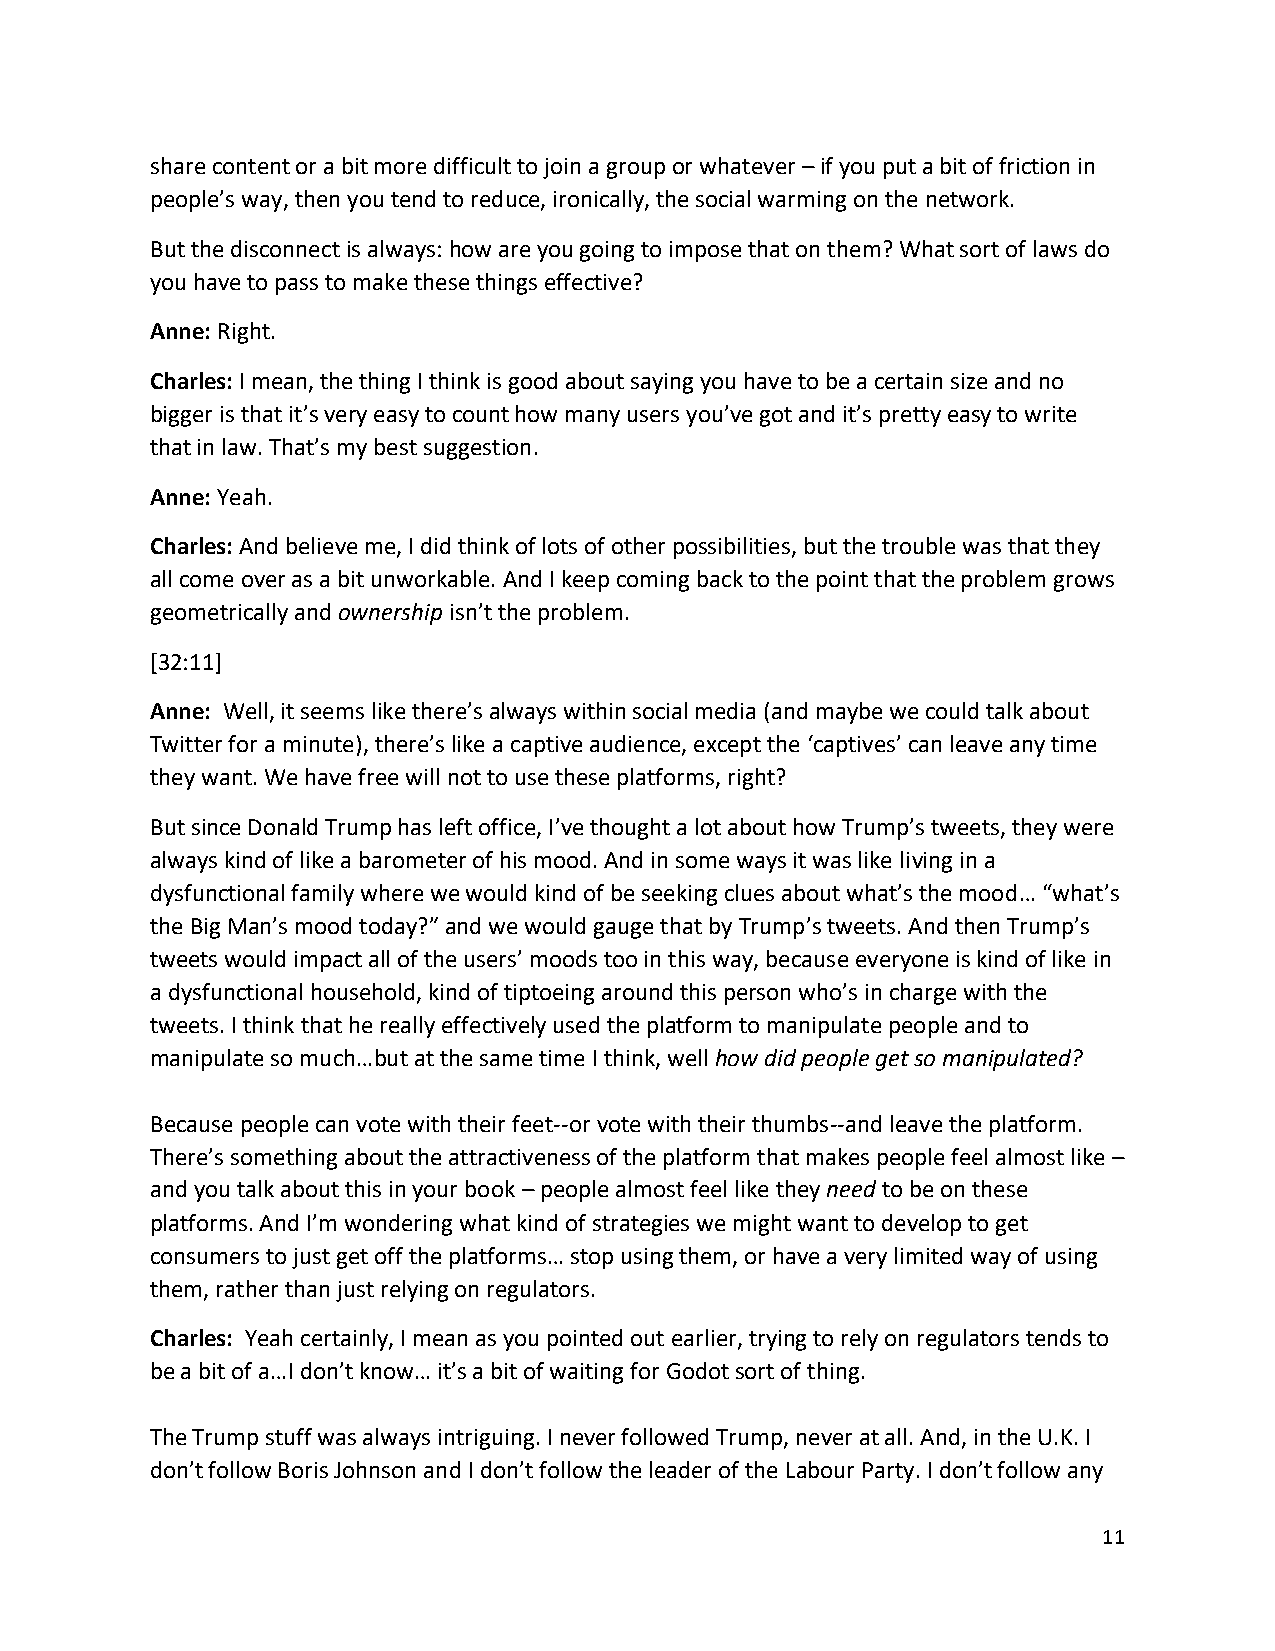
share content or a bit more difficult to join a group or whatever – if you put a bit of friction in
 people’s way, then you tend to reduce, ironically, the social warming on the network.
 But the disconnect is always: how are you going to impose that on them? What sort of laws do
 you have to pass to make these things effective?
 Anne: Right.
 Charles: I mean, the thing I think is good about saying you have to be a certain size and no
 bigger is that it’s very easy to count how many users you’ve got and it’s pretty easy to write
 that in law. That’s my best suggestion.
 Anne: Yeah.
 Charles: And believe me, I did think of lots of other possibilities, but the trouble was that they
 all come over as a bit unworkable. And I keep coming back to the point that the problem grows
 geometrically and ownership isn’t the problem.
 [32:11]
 Anne: Well, it seems like there’s always within social media (and maybe we could talk about
 Twitter for a minute), there’s like a captive audience, except the ‘captives’ can leave any time
 they want. We have free will not to use these platforms, right?
 But since Donald Trump has left office, I’ve thought a lot about how Trump’s tweets, they were
 always kind of like a barometer of his mood. And in some ways it was like living in a
 dysfunctional family where we would kind of be seeking clues about what’s the mood… “what’s
 the Big Man’s mood today?” and we would gauge that by Trump’s tweets. And then Trump’s
 tweets would impact all of the users’ moods too in this way, because everyone is kind of like in
 a dysfunctional household, kind of tiptoeing around this person who’s in charge with the
 tweets. I think that he really effectively used the platform to manipulate people and to
 manipulate so much…but at the same time I think, well how did people get so manipulated?
 Because people can vote with their feet--or vote with their thumbs--and leave the platform.
 There’s something about the attractiveness of the platform that makes people feel almost like –
 and you talk about this in your book – people almost feel like they need to be on these
 platforms. And I’m wondering what kind of strategies we might want to develop to get
 consumers to just get off the platforms… stop using them, or have a very limited way of using
 them, rather than just relying on regulators.
 Charles: Yeah certainly, I mean as you pointed out earlier, trying to rely on regulators tends to
 be a bit of a…I don’t know… it’s a bit of waiting for Godot sort of thing.
 The Trump stuff was always intriguing. I never followed Trump, never at all. And, in the U.K. I
 don’t follow Boris Johnson and I don’t follow the leader of the Labour Party. I don’t follow any
 11